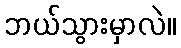
ဘယ်သွားမှာလဲ။